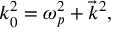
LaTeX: k _ { 0 } ^ { 2 } = \omega _ { p } ^ { 2 } + { \vec { k } } ^ { 2 } ,